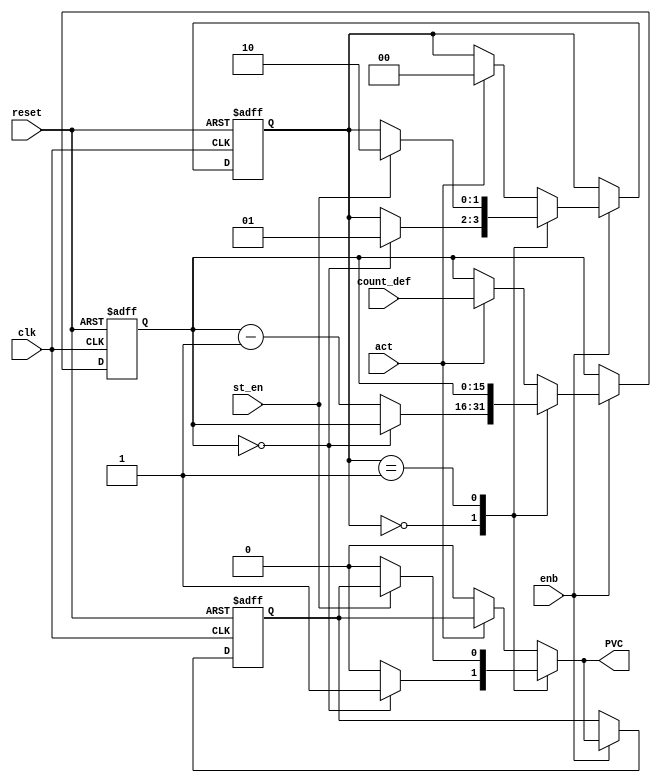
// -------------------------------------------------------------
// 
// 
// Generated by MATLAB 9.0 and HDL Coder 3.8
// 
// -------------------------------------------------------------


// -------------------------------------------------------------
// 
// Module: PAC
// Source Path: case2mod_new/PAC
// Hierarchy Level: 1
// 
// -------------------------------------------------------------

`timescale 1 ns / 1 ns

module PAC
          (
           clk,
           reset,
           enb,
           st_en,
           count_def,
           act,
           PVC
          );


  input   clk;
  input   reset;
  input   enb;
  input   st_en;
  input   [15:0] count_def;  // uint16
  input   act;
  output  PVC;

  parameter is_SimpleModeling_c8_PVC_IN_Count = 2'd0, is_SimpleModeling_c8_PVC_IN_Wait = 2'd1, is_SimpleModeling_c8_PVC_IN_start = 2'd2;

  reg [1:0] is_SimpleModeling_c8_PVC;  // uint8
  reg [15:0] count;  // uint16
  reg  PVC_reg;
  reg [1:0] is_SimpleModeling_c8_PVC_next;  // enum type is_SimpleModeling_c8_PVC (3 enums)
  reg [15:0] count_next;  // uint16
  reg  PVC_reg_next;


  always @(posedge clk or posedge reset)
    begin : SimpleModeling_c8_PVC_process
      if (reset == 1'b1) begin
        count <= 16'd0;
        PVC_reg <= 1'b0;
        is_SimpleModeling_c8_PVC <= is_SimpleModeling_c8_PVC_IN_Wait;
      end
      else begin
        if (enb) begin
          is_SimpleModeling_c8_PVC <= is_SimpleModeling_c8_PVC_next;
          count <= count_next;
          PVC_reg <= PVC_reg_next;
        end
      end
    end

  always @(is_SimpleModeling_c8_PVC, st_en, count_def, act, count, PVC_reg) begin
    PVC_reg_next = PVC_reg;
    is_SimpleModeling_c8_PVC_next = is_SimpleModeling_c8_PVC;
    count_next = count;
    case ( is_SimpleModeling_c8_PVC)
      is_SimpleModeling_c8_PVC_IN_Count :
        begin
          if (count == 16'b0000000000000000) begin
            PVC_reg_next = 1'b1;
            is_SimpleModeling_c8_PVC_next = is_SimpleModeling_c8_PVC_IN_Wait;
          end
          else begin
            PVC_reg_next = 1'b0;
            count_next = count - 16'd1;
          end
        end
      is_SimpleModeling_c8_PVC_IN_Wait :
        begin
          if (st_en) begin
            is_SimpleModeling_c8_PVC_next = is_SimpleModeling_c8_PVC_IN_start;
          end
          else begin
            PVC_reg_next = 1'b0;
          end
        end
      default :
        begin
          if (act) begin
            count_next = count_def;
            is_SimpleModeling_c8_PVC_next = is_SimpleModeling_c8_PVC_IN_Count;
          end
          else begin
            PVC_reg_next = 1'b0;
          end
        end
    endcase
  end

  assign PVC = PVC_reg_next;



endmodule  // PAC